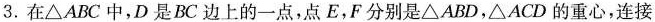
3.在△ABC中，D是BC边上的一点，点E，F分别是△ABD，△ACD的重心，连接